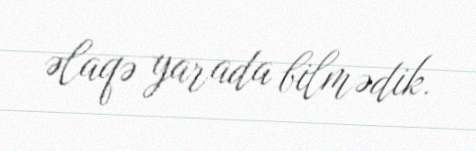
əlaqə yarada bilmədik.